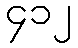
၄၁၂